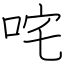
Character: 咤